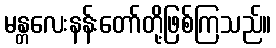
မန္တလေးနန်းတော်တို့ဖြစ်ကြသည်။